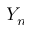
Y _ { n }